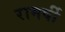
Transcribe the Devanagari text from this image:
रामर्षी